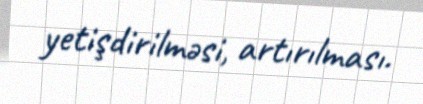
yetişdirilməsi, artırılması.